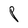
Character: P